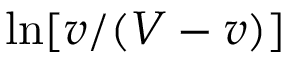
\ln [ v / ( V - v ) ]